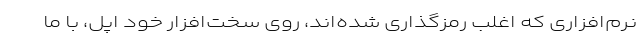
نرم‌افزاری که اغلب رمزگذاری شده‌اند، روی سخت‌افزار خود اپل، با ما